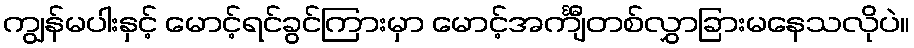
ကျွန်မပါးနှင့် မောင့်ရင်ခွင်ကြားမှာ မောင့်အင်္ကျီတစ်လွှာခြားမနေသလိုပဲ။